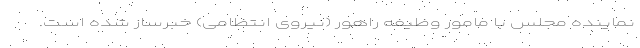
نماینده مجلس با مامور وظیفه راهور (نیروی انتظامی) خبرساز شده است.